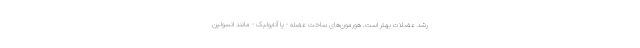
رشد عضلات بهتر است. هورمون‌های ساخت عضله - یا آنابولیک - مانند انسولین